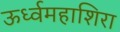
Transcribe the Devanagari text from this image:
ऊर्ध्वमहाशिरा